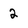
Character: 2